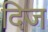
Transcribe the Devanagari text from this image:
दिज